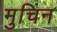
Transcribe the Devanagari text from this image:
मुचिन